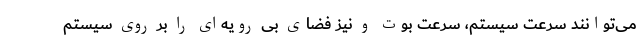
می‌توانند سرعت سیستم، سرعت بوت و نیز فضای بی رویه‌ای را بر روی سیستم